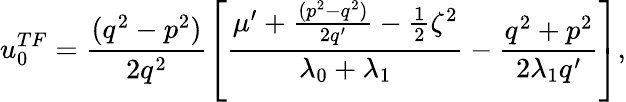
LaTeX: u_{0}^{TF}=\frac{(q^{2}-p^{2})}{2q^{2}}\left[\frac{\mu^{\prime}+\frac{(p^{2}-q^{2})}{2q^{\prime}}-\frac{1}{2}\zeta^{2}}{\lambda_{0}+\lambda_{1}}-\frac{q^{2}+p^{2}}{2\lambda_{1}q^{\prime}}\right],